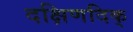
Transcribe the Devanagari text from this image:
दक्षिणदिक्